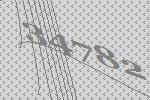
34782